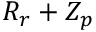
R _ { r } + Z _ { p }